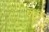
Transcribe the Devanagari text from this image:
पर्दी